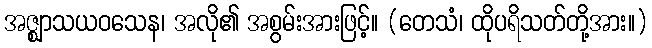
အဇ္ဈာသယဝသေန၊ အလို၏ အစွမ်းအားဖြင့်။ (တေသံ၊ ထိုပရိသတ်တို့အား။)